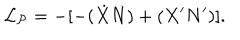
{ \cal L _ { P } } = - [ - ( \dot { X } \dot { N } ) + ( X ^ { \prime } N ^ { \prime } ) ] .